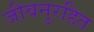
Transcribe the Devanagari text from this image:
जीवनुरहित